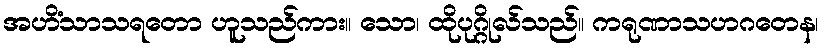
အဟိံသာသရတော ဟူသည်ကား။ သော၊ ထိုပုဂ္ဂိုလ်သည်။ ကရုဏာသဟဂတေန၊